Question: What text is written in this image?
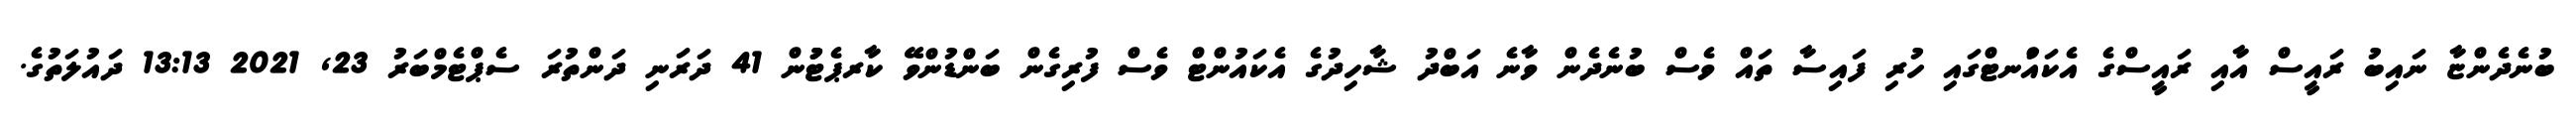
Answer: ބުނެދެންޏާ ނައިބު ރައީސް އާއި ރައީސްގެ އެކައުްނޓްގައި ހުރި ފައިސާ ތައް ވެސް ބުނެދެން ވާނެ އަބްދު ޝާހިދުގެ އެކައުންޓް ވެސް ފުރިގެން ބަންޑުންވޭ ކާރޕެޓުުން 41 ދަރަނި ދަންތުރަ ސެޕްޓެމްބަރު 23, 2021 13:13 ދައުލަތުގެ.